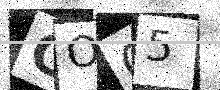
Text: COC5